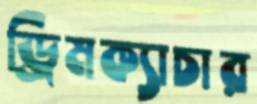
ড্রিমক্যাচার